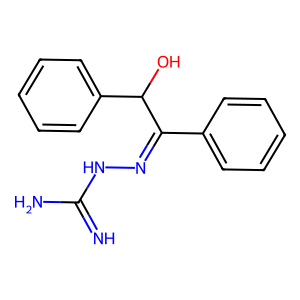
SMILES: N=C(N)NN=C(c1ccccc1)C(O)c1ccccc1
Inhibits HIV replication: No